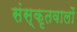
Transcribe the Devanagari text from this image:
संस्कृतवालों